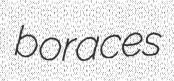
boraces